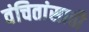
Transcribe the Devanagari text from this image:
वंचितांसाठी